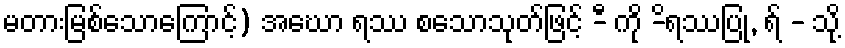
မတားမြစ်သောကြောင့်) အဃော ရဿ စသောသုတ်ဖြင့် -ီ ကို -ိရဿပြု, ရ် - သို့